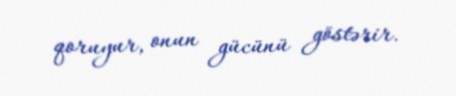
qoruyur, onun gücünü göstərir.